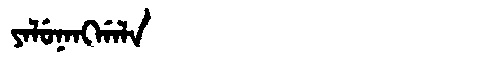
Manchu: ᠶᠠᠯᡠᠨᠠᠩᡤᠠᠯᠠ
Romanization: YALUNANGGALA